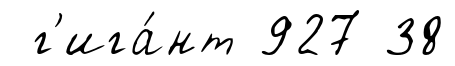
г'ига́нт 927 38